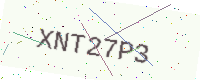
Text: XNT27P3